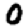
Digit: 0